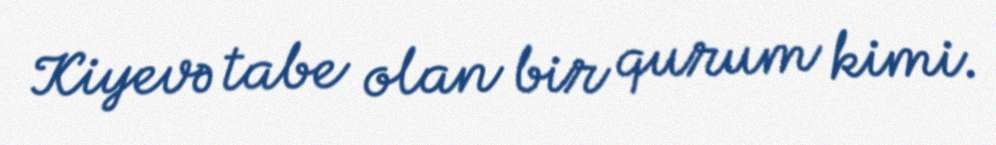
Kiyevə tabe olan bir qurum kimi.